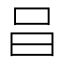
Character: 𠯭